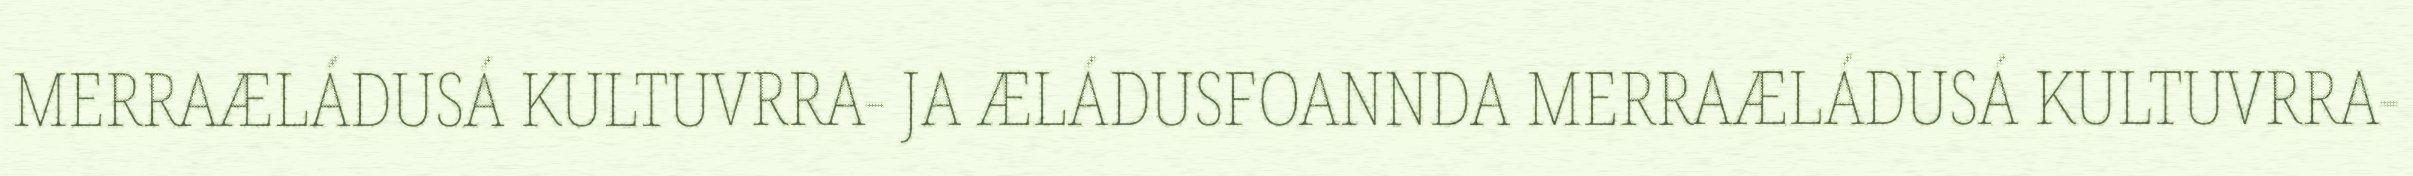
MERRAÆLÁDUSÁ KULTUVRRA- JA ÆLÁDUSFOANNDA MERRAÆLÁDUSÁ KULTUVRRA-